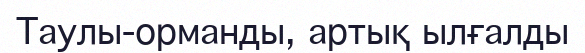
Таулы-орманды, артық ылғалды